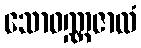
သောဝဏ္ဏဇာလံ